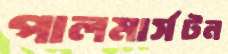
পালমার্সটন